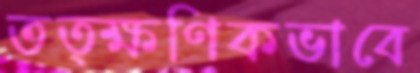
তত্ক্ষণিকভাবে